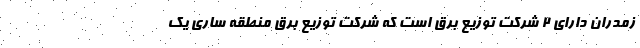
زمدران دارای ۲ شرکت توزیع برق است که شرکت توزیع برق منطقه ساری یک